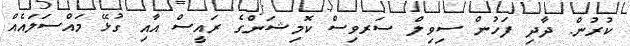
ކުރުން. ދާދި ފަހުން ސިވިލް ސަރވިސް ކޮމިޝަންގެ ރައީސް އާއި ގުޅޭ މައްސަލައެއް